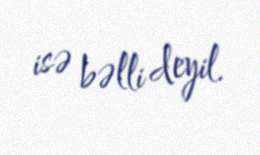
isə bəlli deyil.